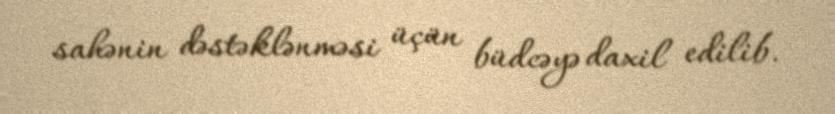
sahənin dəstəklənməsi üçün büdcəyə daxil edilib.